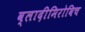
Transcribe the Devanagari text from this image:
व्लादीमिरोविच